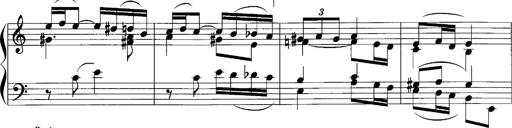
Title: Sonatina No.1
Composer: Otto Stoll
Key: C major